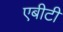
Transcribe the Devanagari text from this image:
एबीटी